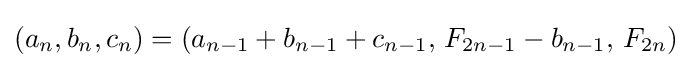
(a_{n},b_{n},c_{n})=(a_{n-1}+b_{n-1}+c_{n-1},\,F_{2n-1}-b_{n-1},\,F_{2n})